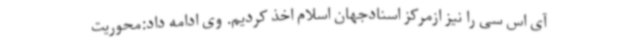
آی اس سی را نیز ازمرکز اسنادجهان اسلام اخذ کردیم. وی ادامه داد:محوریت